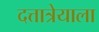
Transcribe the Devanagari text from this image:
दत्तात्रेयाला